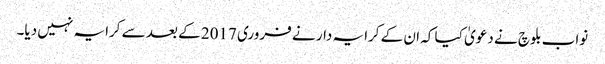
نواب بلوچ نے دعویٰ کیا کہ ان کے کرایہ دار نے فروری 2017 کے بعد سے کرایہ نہیں دیا۔